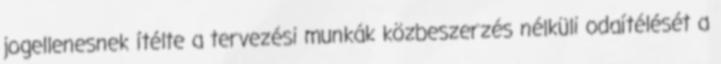
jogellenesnek ítélte a tervezési munkák közbeszerzés nélküli odaítélését a